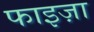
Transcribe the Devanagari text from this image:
फाइज़ा